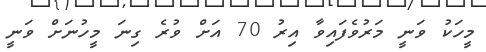
މީހަކު ވަނީ މަރުވެފައިވާ އިރު 70 އަށް ވުރެ ގިނަ މީހުނަށް ވަނީ